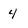
Character: 4